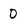
Character: 0